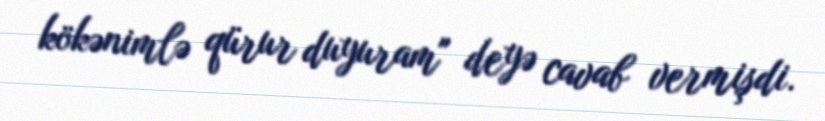
kökənimlə qürur duyuram" deyə cavab vermişdi.